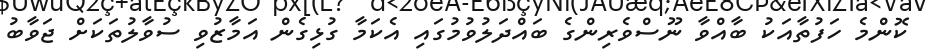
ކޮންމެ ހަފުތާއަކު ބާއްވާ ނޫސްވެރިންގެ ބައްދަލުވުމުގައި އެކަމާ ގުޅިގެން އަމާޒުވި ސުވާލުތަކަށް ޖަވާބު